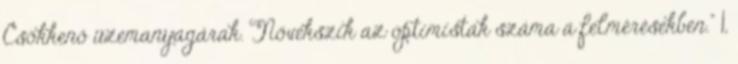
Csökkenő üzemanyagárak. Növekszik az optimisták száma a felmérésekben." 1,